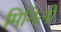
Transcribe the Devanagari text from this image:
मिनिलो